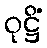
ဝုဋ္ဌိံ